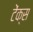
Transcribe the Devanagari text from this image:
टेंक्स